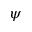
\psi